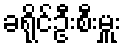
ခရိုင်ဦးစီးမှူး